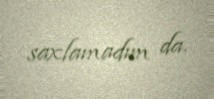
saxlamadım da.